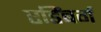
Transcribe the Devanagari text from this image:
एडिंबर्ग